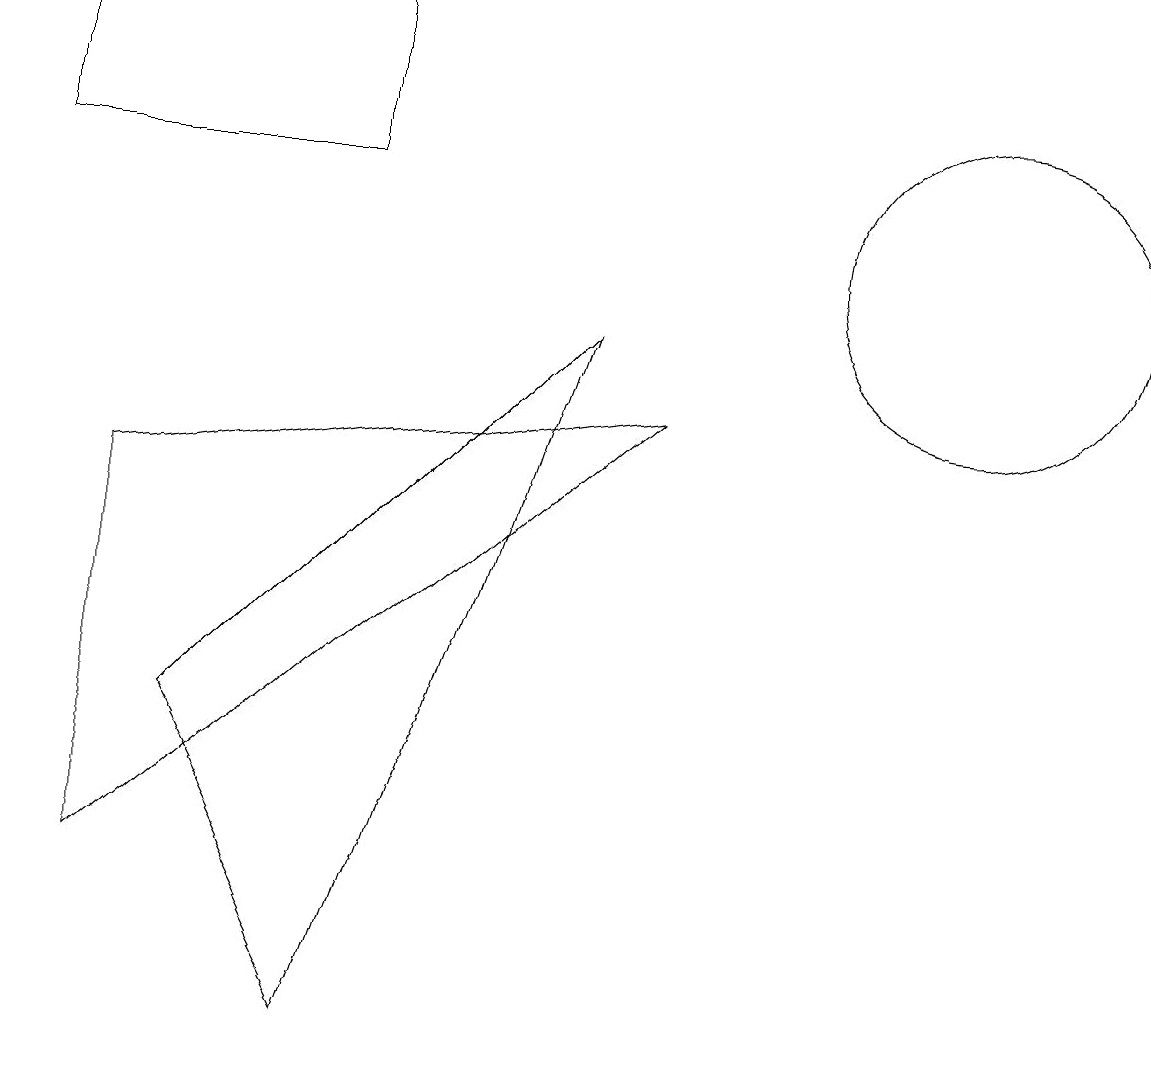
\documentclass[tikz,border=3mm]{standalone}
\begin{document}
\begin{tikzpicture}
\draw (4,11) rectangle (0,13);
\draw (1,7) -- (8,8) -- (1,2) -- cycle;
\draw (2,4) -- (4,0) -- (7,9) -- cycle;
\draw (12,10) circle (2);
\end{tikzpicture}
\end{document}